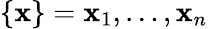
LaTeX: \{ \mathbf{x}\} =\mathbf{x}_{1},\ldots,\mathbf{x}_{n}